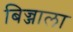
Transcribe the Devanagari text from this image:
बिज्जाला